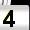
Digit: 4